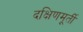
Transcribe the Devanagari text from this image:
दक्षिणमूर्ती